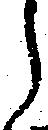
ら